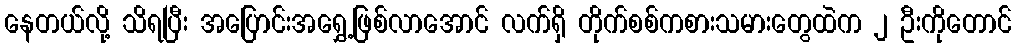
နေတယ်လို့ သိရပြီး အပြောင်းအရွှေ့ဖြစ်လာအောင် လက်ရှိ တိုက်စစ်ကစားသမားတွေထဲက ၂ ဦးကိုတောင်